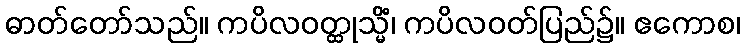
ဓာတ်တော်သည်။ ကပိလဝတ္ထုသ္မိံ၊ ကပိလဝတ်ပြည်၌။ ဧကောစ၊